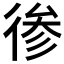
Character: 𱝳